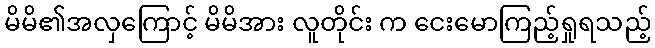
မိမိ၏အလှကြောင့် မိမိအား လူတိုင်း က ငေးမောကြည့်ရှုရသည့်